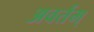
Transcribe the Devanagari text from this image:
अवर्तम्